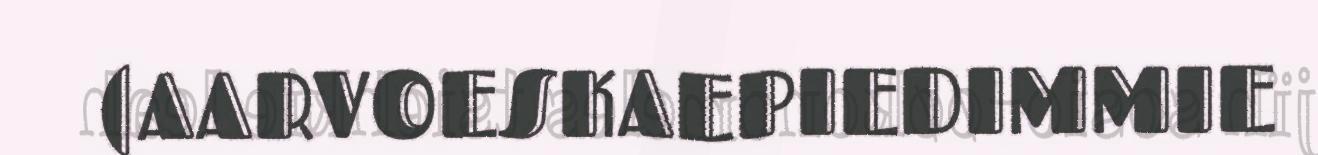
(AARVOESKAEPIEDIMMIE